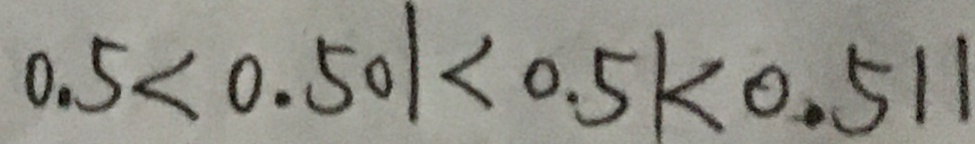
0 . 5 < 0 . 5 0 1 < 0 . 5 1 < 0 . 5 1 1